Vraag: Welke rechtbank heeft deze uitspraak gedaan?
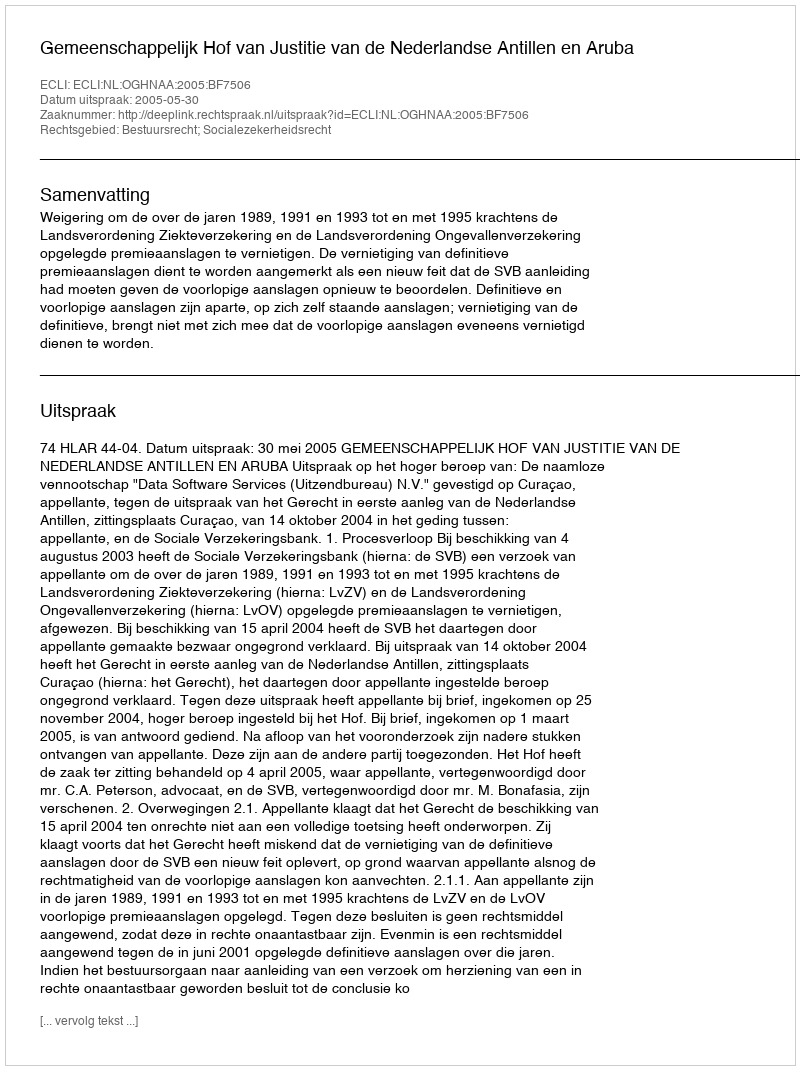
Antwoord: Gemeenschappelijk Hof van Justitie van de Nederlandse Antillen en Aruba